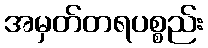
အမှတ်တရပစ္စည်း